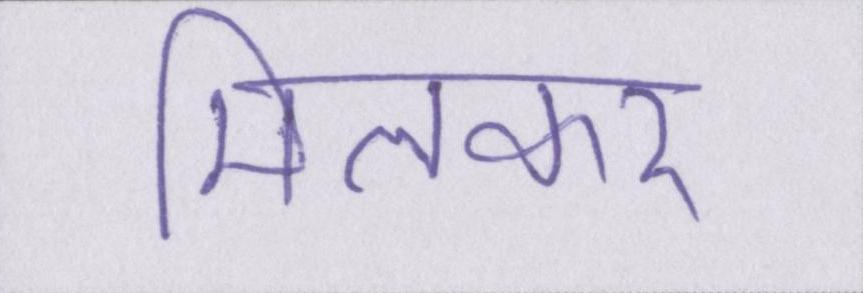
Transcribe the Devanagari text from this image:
मिलकर